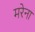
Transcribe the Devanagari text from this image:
मरेना